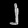
Digit: ၂